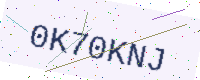
Text: 0K70KNJ